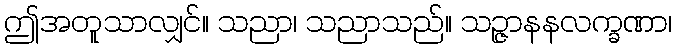
ဤအတူသာလျှင်။ သညာ၊ သညာသည်။ သဉ္ဇာနနလက္ခဏာ၊